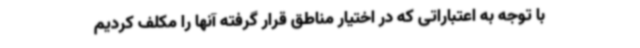
با توجه به اعتباراتی که در اختیار مناطق قرار گرفته آنها را مکلف کردیم